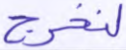
لنخرج